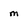
Character: m